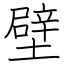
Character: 壁